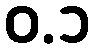
ဝ.၁